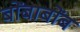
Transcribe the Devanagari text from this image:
बोंबाबोंब